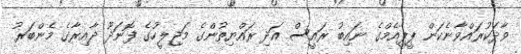
ވާދަކުރައްވާނެކަން ޕީޕީއެމްގެ ނައިބު ރައީސް އަދި ރައްޔިތުންގެ މަޖިލީހުގެ ފޮނަދޫ ދާއިރާގެ މެންބަރު